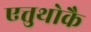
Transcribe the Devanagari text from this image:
एत्तुथोकै